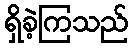
ရှိခဲ့ကြသည်